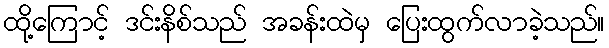
ထို့ကြောင့် ဒင်းနိစ်သည် အခန်းထဲမှ ပြေးထွက်လာခဲ့သည်။